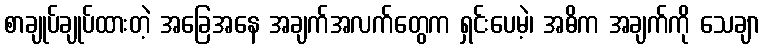
စာချုပ်ချုပ်ထားတဲ့ အခြေအနေ အချက်အလက်တွေက ရှင်းပေမဲ့၊ အဓိက အချက်ကို သေချာ